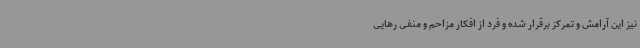
نیز این آرامش و تمرکز برقرار شده و فرد از افکار مزاحم و منفی رهایی